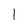
Character: 1